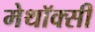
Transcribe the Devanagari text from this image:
मेथॉक्सी